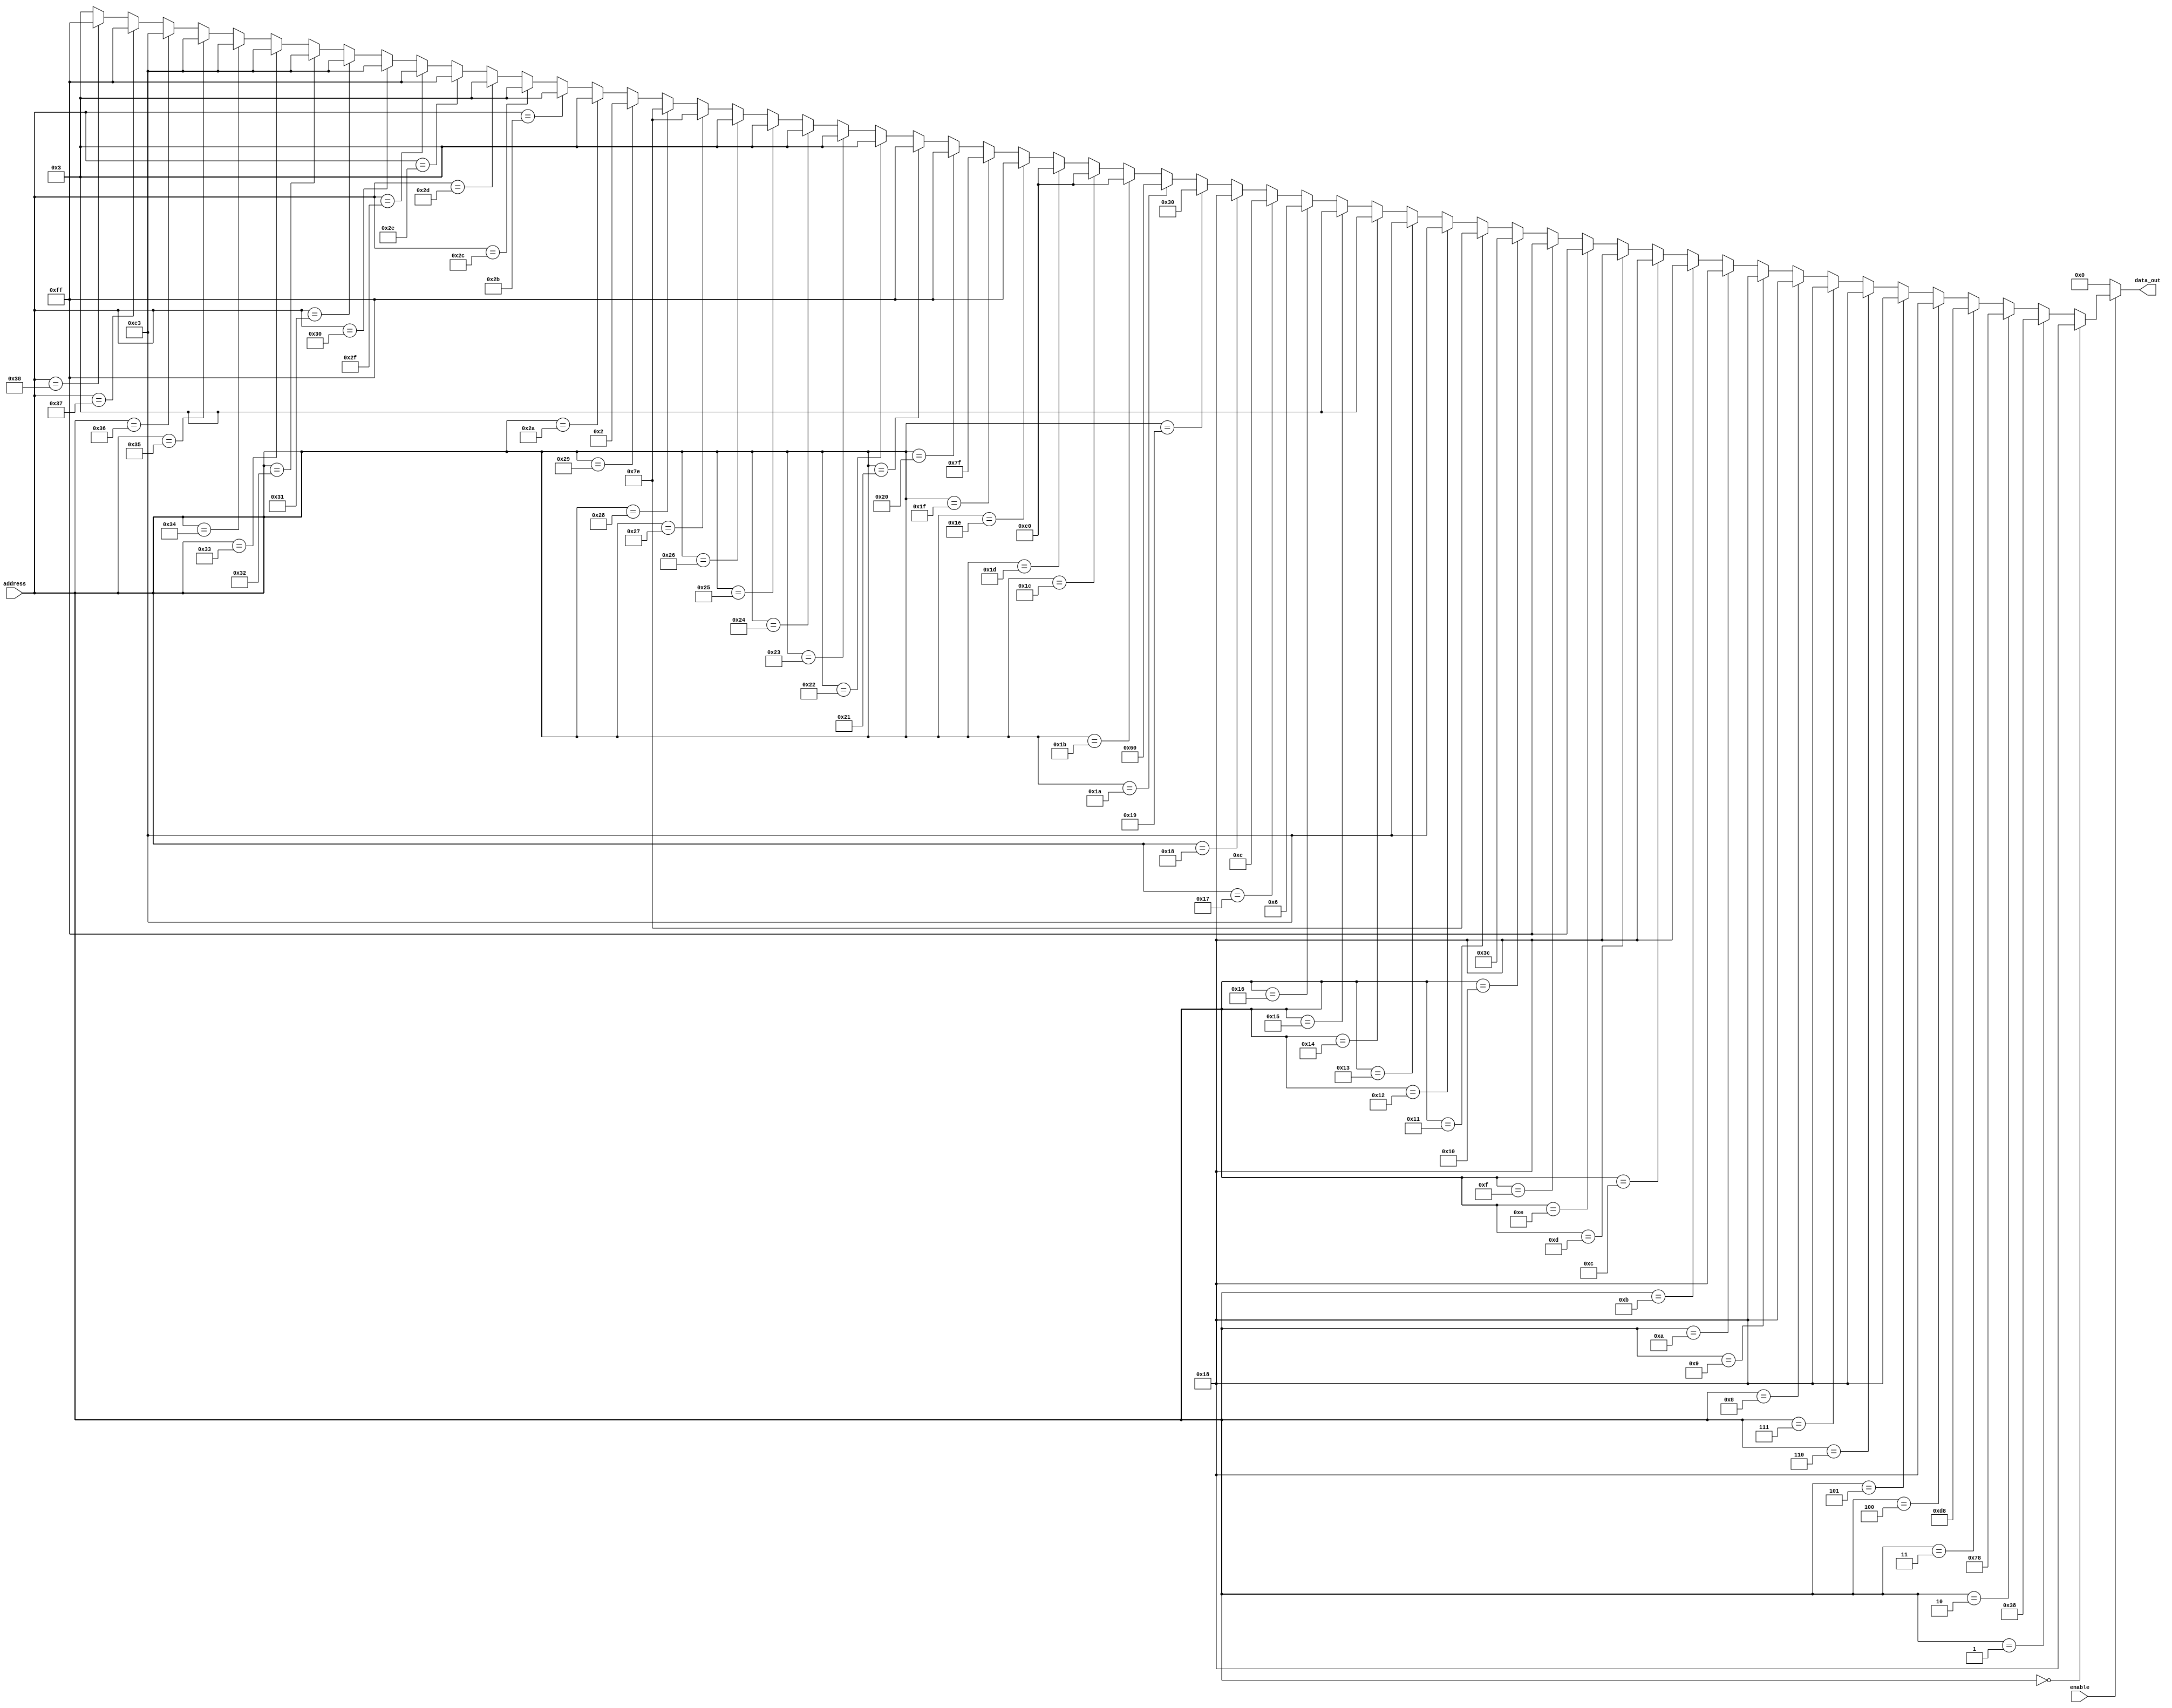
module char_rom(enable,address,data_out);
input [5:0] address;
input enable;
output [7:0] data_out;



 //an to enable einai energopoihmeno 
assign data_out=   (enable) ?   (address==6'b000000) ? 8'b00011000 ://kai i diefthynsh einai afth , tote 
								(address==6'b000001) ? 8'b00111000 :		
								(address==6'b000010) ? 8'b01111000 :
								(address==6'b000011) ? 8'b11011000 :
								(address==6'b000100) ? 8'b00011000 :
								(address==6'b000101) ? 8'b00011000 :
								(address==6'b000110) ? 8'b00011000 :
								(address==6'b000111) ? 8'b00011000 :
								(address==6'b001000) ? 8'b00011000 :
								(address==6'b001001) ? 8'b00011000 :
								(address==6'b001010) ? 8'b00011000 :
								(address==6'b001011) ? 8'b00011000 :
								(address==6'b001100) ? 8'b00011000 :
								(address==6'b001101) ? 8'b00011000 :
								(address==6'b001110) ? 8'b11111111 :
								(address==6'b001111) ? 8'b11111111 :

								(address==6'b010000) ? 8'b00111100 :		
								(address==6'b010001) ? 8'b01111110 :
								(address==6'b010010) ? 8'b11000011 :
								(address==6'b010011) ? 8'b11000011 :
								(address==6'b010100) ? 8'b00000011 :
								(address==6'b010101) ? 8'b00000011 :
								(address==6'b010110) ? 8'b00000110 :
								(address==6'b010111) ? 8'b00001100 :
								(address==6'b011000) ? 8'b00011000 :
								(address==6'b011001) ? 8'b00110000 :
								(address==6'b011010) ? 8'b01100000 :
								(address==6'b011011) ? 8'b11000000 :
								(address==6'b011100) ? 8'b11000000 :
								(address==6'b011101) ? 8'b11000000 :
								(address==6'b011110) ? 8'b11111111 :
								(address==6'b011111) ? 8'b01111111 :

								(address==6'b100000) ? 8'b11111111 :		
								(address==6'b100001) ? 8'b11111111 :
								(address==6'b100010) ? 8'b00000011 :
								(address==6'b100011) ? 8'b00000011 :
								(address==6'b100100) ? 8'b00000011 :
								(address==6'b100101) ? 8'b00000011 :
								(address==6'b100110) ? 8'b00000011 :
								(address==6'b100111) ? 8'b01111110 :
								(address==6'b101000) ? 8'b01111110 :
								(address==6'b101001) ? 8'b00000010 :
								(address==6'b101010) ? 8'b00000011 :
								(address==6'b101011) ? 8'b00000011 :
								(address==6'b101100) ? 8'b00000011 :
								(address==6'b101101) ? 8'b00000011 :
								(address==6'b101110) ? 8'b11111111 :
								(address==6'b101111) ? 8'b11111111 :

								(address==6'b110000) ? 8'b11000011 :		
								(address==6'b110001) ? 8'b11000011 :
								(address==6'b110010) ? 8'b11000011 :
								(address==6'b110011) ? 8'b11000011 :
								(address==6'b110100) ? 8'b11000011 :
								(address==6'b110101) ? 8'b11000011 :
								(address==6'b110110) ? 8'b11000011 :
								(address==6'b110111) ? 8'b11111111 :
								(address==6'b111000) ? 8'b11111111 :
								(address==6'b111001) ? 8'b00000011 :
								(address==6'b111010) ? 8'b00000011 :
								(address==6'b111011) ? 8'b00000011 :
								(address==6'b111100) ? 8'b00000011 :
								(address==6'b111101) ? 8'b00000011 :
								(address==6'b111110) ? 8'b00000011 : 
                                                       8'b00000011 : 
								8'b00000000;//an to enable den einai energopoihmeno, tote den exoume data_out


endmodule